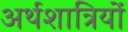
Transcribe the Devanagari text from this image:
अर्थशात्रियों